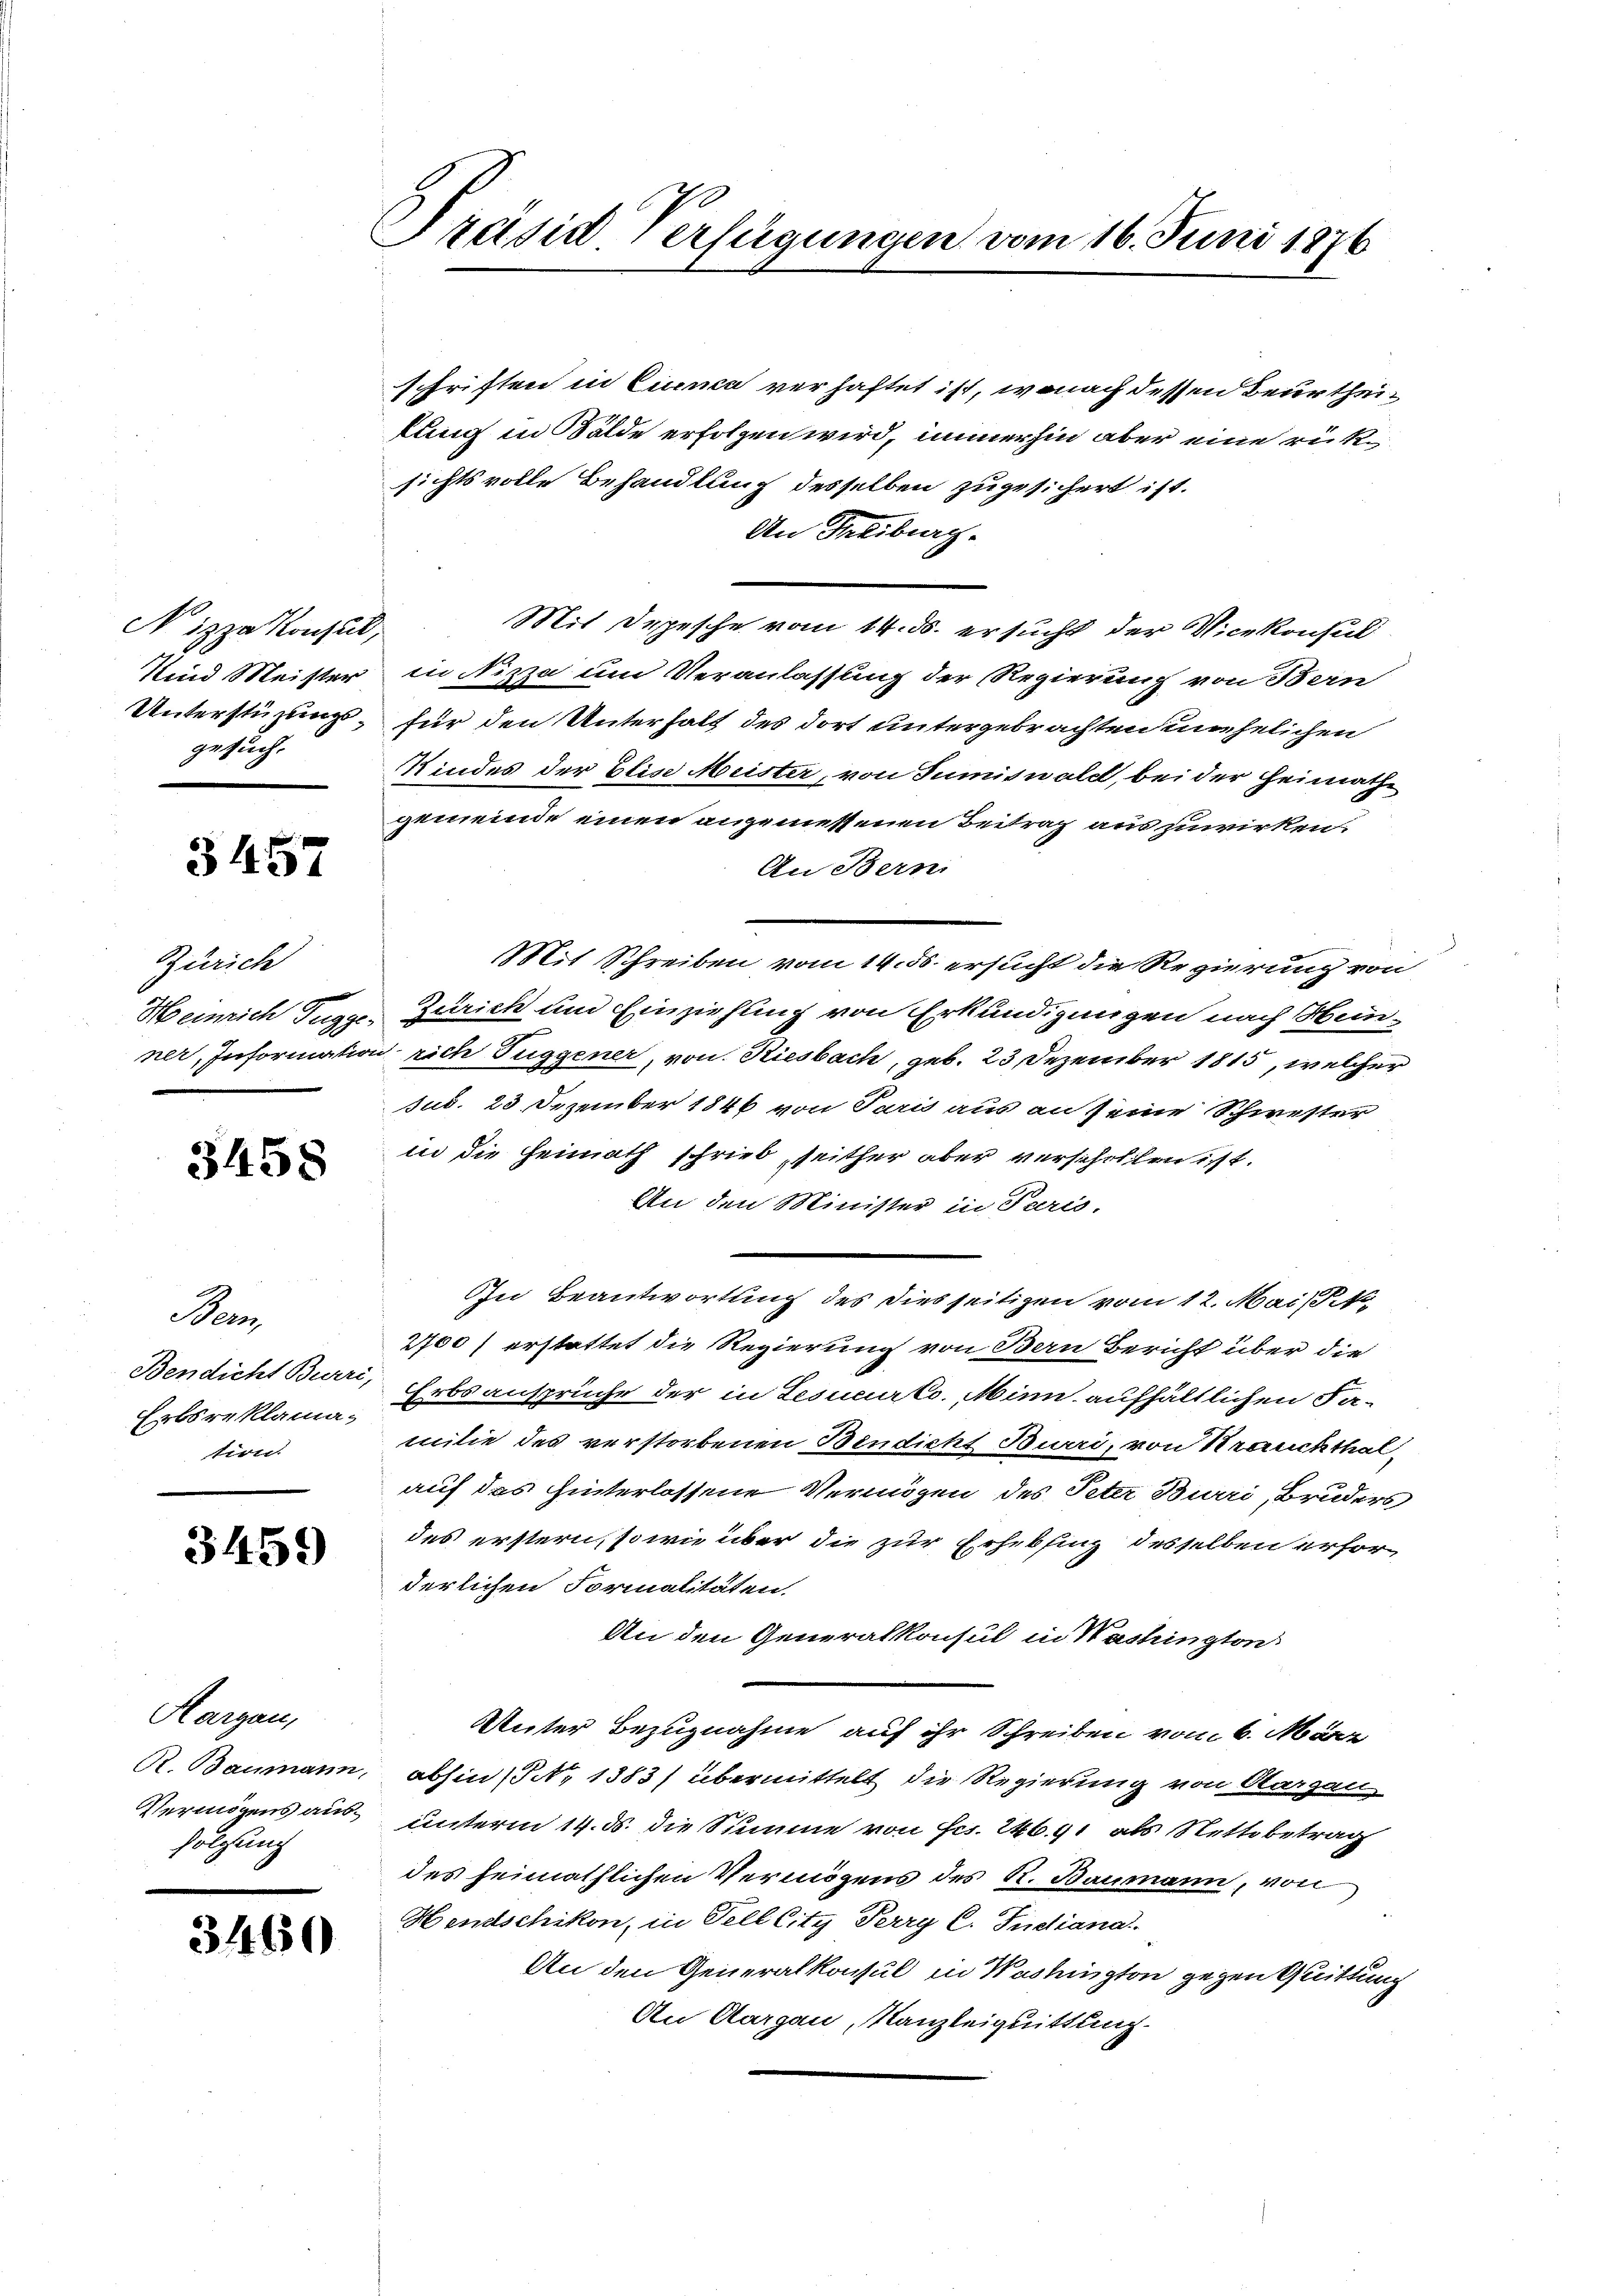
Nizza Konsul,
gesuch.

3457

Zürich

3458

on
Bendicht Burri,
Erbsreklamation.

3459

Aargau,
folgung

3460

Präsid. Verfügungen vom 16. Juni 1876

Schriften in Cinca verhaftet ist, wonach dessen Beurtheilung in Walde erfolgen wird, immerhin aber eine rücksichts volle Behandlung desselben zugesichert ist.
An Freiburg.
Mit Depesche vom 14. ds. ersucht der Vicekonsul
Und Meister in Nizza um Veranlassung der Regierung von Bern
Unterstüzungs- für den Unterhalt des dort untergebrachten unehelichen
Kindes der Elise Meister, von Sumiswaldt, bei der Heimathe
gemeinde einen angemessenen Beitrag aus zuwirken.
An Bern
Mit Schreiben vom 14. ds. ersucht die Regierung von
Heinrich Tugge, Zürich und Einziehung von Erkundigungen nach Hunner, Information rich Tuggener, von Riesbach, geb. 23 Dezember 1815, welcher
sub. 23. Dezember 1846 von Paris aus an seine Schwester
in die Heimath schrieb, seither aber verschollen ist.
An den Minister in Paris.
In Beantwortung des dies seitigen vom 12. Mai
2700) erstattet die Regierung von Bern Bericht über die
Erbsansprüche der in Leducirte. Minn aufhältlichen Familie des verstorbenen Bindicht Burri, von Krauchthalauf das hinterlassene Vermögen des Peter Burri, Bruders
des erstern, sowie über die zur Erhebling desselben erforderlichen Formalitäten.
An den Generalkonsul in Washington
Unter Bezugnahme auf ihr Schreiben vom 6. März
R. Baumann, abhin (§. 1383) übermittelt die Regierung von Aargau
Vermögens aus unterm 14. ds. die Summe von Frs. 246. 91 als Nettobetrag
des heimathlichen Vermögens des R. Baumann, von
Hendschikon, in Tell City Perry C. Indiana
An den Generalkonsul in Washington gegen Quittung
An Aargau, Kanzleiguittung